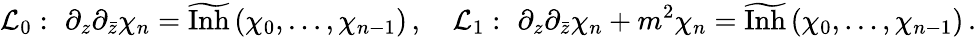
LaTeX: {\cal L}_{0}:\, \, \partial_{z}\partial_{\bar{z}}\chi_{n}=\widetilde{\mathrm{Inh}}\left(\chi_{0},\ldots,\chi_{n-1}\right)\, ,\quad{\cal L}_{1}:\, \, \partial_{z}\partial_{\bar{z}}\chi_{n}+m^{2}\chi_{n}=\widetilde{\mathrm{Inh}}\left(\chi_{0},\ldots,\chi_{n-1}\right)\, .